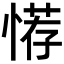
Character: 𢞻